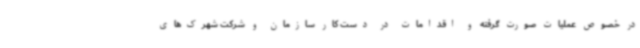
در خصوص عملیات صورت گرفته و اقدامات در دست کار سازمان و شرکت شهرک‌های